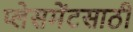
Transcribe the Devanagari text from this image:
प्लेसमेंटसाठी